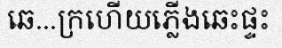
ឆេ...ក្រហើយភ្លើងឆេះផ្ទះ